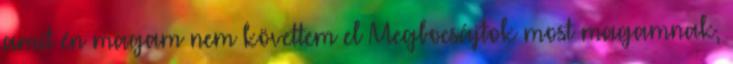
amit én magam nem követtem el Megbocsájtok most magamnak,